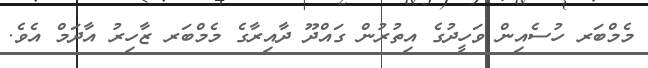
މެމްބަރ ހުސެއިން ވަހީދުގެ އިތުރުން ގައްދޫ ދާއިރާގެ މެމްބަރ ޒާހިރު އާދަމް އެވެ.